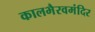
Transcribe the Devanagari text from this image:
कालभैरवमंदिर